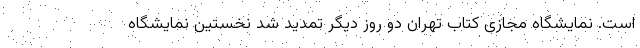
است. نمایشگاه مجازی کتاب تهران دو روز دیگر تمدید شد نخستین نمایشگاه